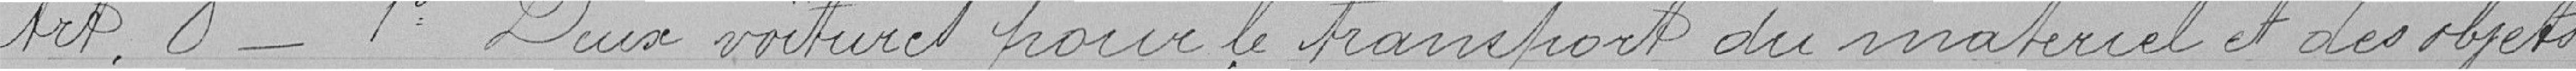
Art. 8 - Deux voitures pour le transport du matériel et des objets